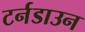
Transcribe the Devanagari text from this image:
टर्नडाउन